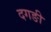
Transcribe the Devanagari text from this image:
दगङी